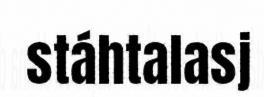
stáhtalasj